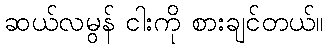
ဆယ်လမွန် ငါးကို စားချင်တယ်။